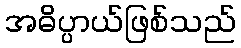
အဓိပ္ပာယ်ဖြစ်သည်